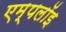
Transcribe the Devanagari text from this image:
एम्पलॉइ